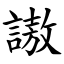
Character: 謸